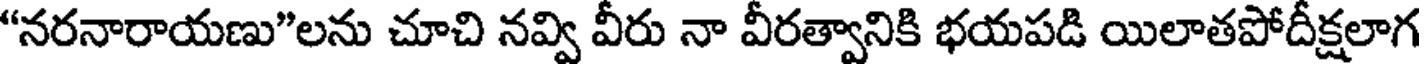
"నరనారాయణు"లను చూచి నవ్వి వీరు నా వీరత్వానికి భయపడి యిలాతపోదీక్షలాగ